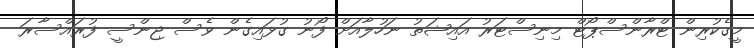
މީގެކުރިން ޓްރާންސްޕޯޓް މިނިސްޓަރު އައިޝަތު ނަހުލާއަށް ފޯނު ގުޅައިގެން ވެސް ޖިންސީ ފުރައްސާރަ